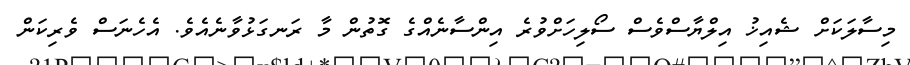
މިސާލަކަށް ޝެއިޚު އިލްޔާސްވެސް ސޯލިހަށްވުރެ އިންސާނެއްގެ ގޮތުން މާ ރަނގަޅުވާނެއެވެ. އެހެނަސް ވެރިކަން